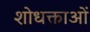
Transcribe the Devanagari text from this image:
शोधक्ताओं